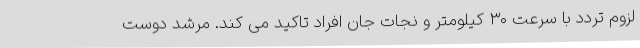
لزوم تردد با سرعت ۳۰ کیلومتر و نجات جان افراد تاکید می کند. مرشد دوست